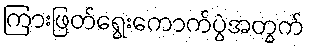
ကြားဖြတ်ရွေးကောက်ပွဲအတွက်